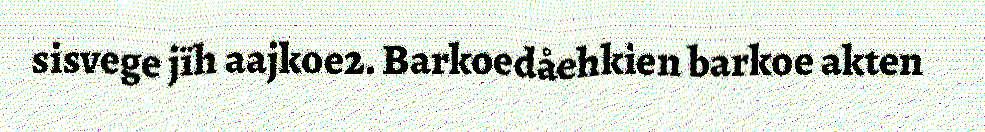
sisvege jïh aajkoe2. Barkoedåehkien barkoe akten